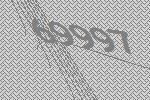
69997